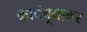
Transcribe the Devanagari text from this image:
कादंबर्‍यावर